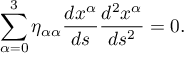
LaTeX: \sum _ { \alpha = 0 } ^ { 3 } \eta _ { \alpha \alpha } \frac { d x ^ { \alpha } } { d s } \frac { d ^ { 2 } x ^ { \alpha } } { d s ^ { 2 } } = 0 .